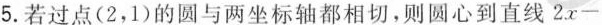
5.若过点(2，1)的圆与两坐标轴都相切，则圆心到直线$$2 x -